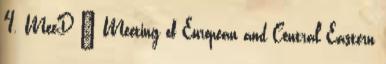
4. MeeD – Meeting of European and Central Eastern